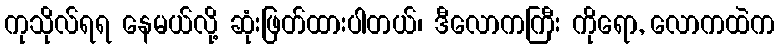
ကုသိုလ်ရရ နေမယ်လို့ ဆုံးဖြတ်ထားပါတယ်၊ ဒီလောကကြီး ကိုရော, လောကထဲက